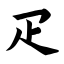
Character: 疋